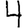
Digit: 4